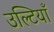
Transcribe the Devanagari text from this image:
उल्टियाँ